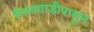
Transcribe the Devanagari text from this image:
वैभववाडीपासुन